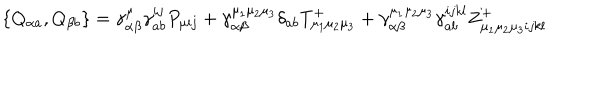
\left\{ Q _ { \alpha a } , Q _ { \beta b } \right\} = \gamma _ { \alpha \beta } ^ { \mu } \gamma _ { a b } ^ { i j } P _ { \mu i j } + \gamma _ { \alpha \beta } ^ { \mu _ { 1 } \mu _ { 2 } \mu _ { 3 } } \delta _ { a b } T _ { \mu _ { 1 } \mu _ { 2 } \mu _ { 3 } } ^ { + } + \gamma _ { \alpha \beta } ^ { \mu _ { 1 } \mu _ { 2 } \mu _ { 3 } } \gamma _ { a b } ^ { i j k l } Z _ { \mu _ { 1 } \mu _ { 2 } \mu _ { 3 } i j k l } ^ { + }